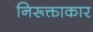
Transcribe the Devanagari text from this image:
निरूक्ताकार